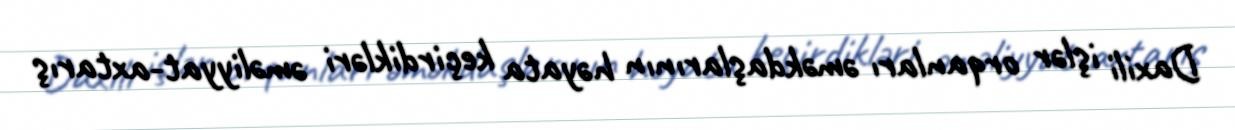
Daxili işlər orqanları əməkdaşlarının həyata keçirdikləri əməliyyat-axtarış